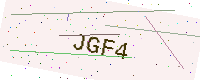
Text: JGF4